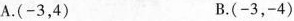
A. (-3，4) B. (-3，-4)